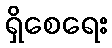
ရှိစေရေး